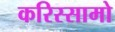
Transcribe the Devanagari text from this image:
करिस्सामो